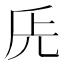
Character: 兏